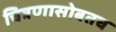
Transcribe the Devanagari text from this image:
चित्रणासोबतच